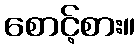
စောင့်စား။